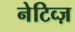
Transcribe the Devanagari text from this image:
नेटिव्ज़